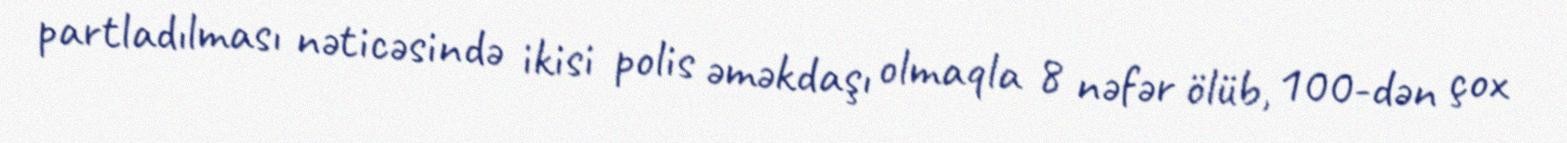
partladılması nəticəsində ikisi polis əməkdaşı olmaqla 8 nəfər ölüb, 100-dən çox